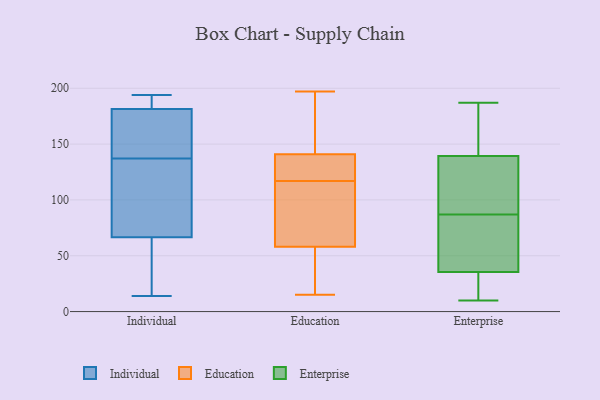
{"axis": {"x": "Budget (USD K)", "y": "Value"}, "legend": ["Education", "Enterprise", "Individual"], "data": [{"x": "", "y": 187, "type": "Individual"}, {"x": "", "y": 37, "type": "Individual"}, {"x": "", "y": 14, "type": "Individual"}, {"x": "", "y": 130, "type": "Individual"}, {"x": "", "y": 186, "type": "Individual"}, {"x": "", "y": 135, "type": "Individual"}, {"x": "", "y": 37, "type": "Individual"}, {"x": "", "y": 194, "type": "Individual"}, {"x": "", "y": 158, "type": "Individual"}, {"x": "", "y": 96, "type": "Individual"}, {"x": "", "y": 139, "type": "Individual"}, {"x": "", "y": 177, "type": "Individual"}, {"x": "", "y": 141, "type": "Education"}, {"x": "", "y": 156, "type": "Education"}, {"x": "", "y": 58, "type": "Education"}, {"x": "", "y": 40, "type": "Education"}, {"x": "", "y": 98, "type": "Education"}, {"x": "", "y": 118, "type": "Education"}, {"x": "", "y": 15, "type": "Education"}, {"x": "", "y": 116, "type": "Education"}, {"x": "", "y": 120, "type": "Education"}, {"x": "", "y": 197, "type": "Education"}, {"x": "", "y": 187, "type": "Enterprise"}, {"x": "", "y": 10, "type": "Enterprise"}, {"x": "", "y": 115, "type": "Enterprise"}, {"x": "", "y": 138, "type": "Enterprise"}, {"x": "", "y": 172, "type": "Enterprise"}, {"x": "", "y": 81, "type": "Enterprise"}, {"x": "", "y": 81, "type": "Enterprise"}, {"x": "", "y": 37, "type": "Enterprise"}, {"x": "", "y": 128, "type": "Enterprise"}, {"x": "", "y": 143, "type": "Enterprise"}, {"x": "", "y": 81, "type": "Enterprise"}, {"x": "", "y": 31, "type": "Enterprise"}, {"x": "", "y": 147, "type": "Enterprise"}, {"x": "", "y": 87, "type": "Enterprise"}, {"x": "", "y": 29, "type": "Enterprise"}, {"x": "", "y": 113, "type": "Enterprise"}, {"x": "", "y": 23, "type": "Enterprise"}]}